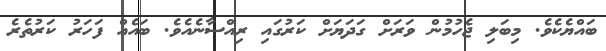
ބައްޔެކެވެ. މިބަލި ޖެހުމުން ވަރަށް ގަދަޔަށް ކަރުގައި ރިއްސާނެއެވެ. ބައެއް ފަހަރު ކަރުތެރެ